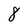
Character: 8